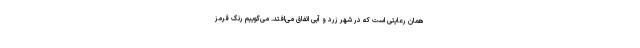
همان رعایتی است که در شهر زرد و آبی اتفاق می‌افتد. می‌گوییم رنگ قرمز